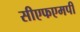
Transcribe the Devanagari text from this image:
सीएफएमपी